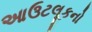
આઉટલૂકનો